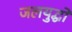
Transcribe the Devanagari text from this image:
जलयुद्धों